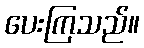
ပေးကြသည်။